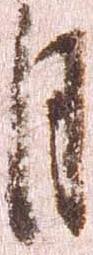
月